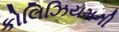
કોલિઝિયમની